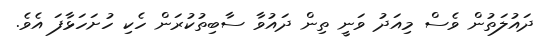
ދައުލަތުން ވެސް މިއަދު ވަނީ ތިން ދައުވާ ސާބިތުކުރަން ހެކި ހުށަހަޅާފަ އެވެ.